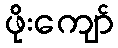
ဖိုးကျော်